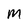
Character: M